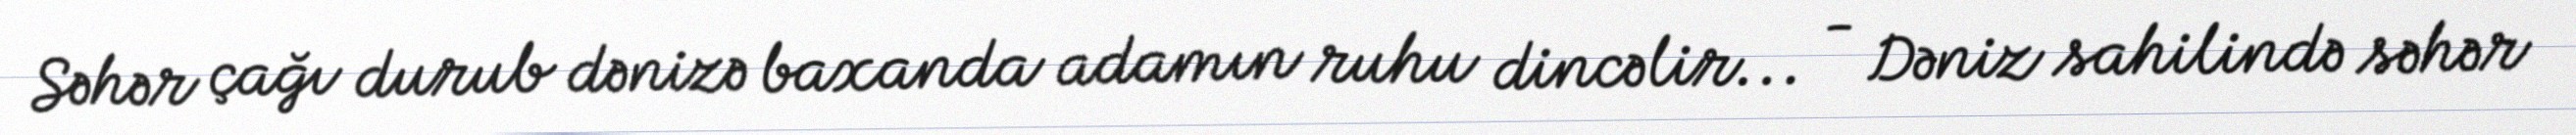
Səhər çağı durub dənizə baxanda adamın ruhu dincəlir... - Dəniz sahilində səhər